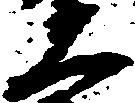
大